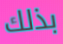
بذلك